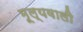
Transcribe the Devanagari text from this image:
मूल्यवाली